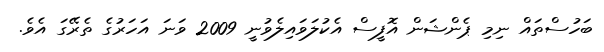
ބަހުސްތައް ނިމި ޕެންޝަން އޮފީސް އެކުލަވައިލެވުނީ 2009 ވަނަ އަހަރުގެ ތެރޭގަ އެވެ.